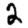
Digit: 2